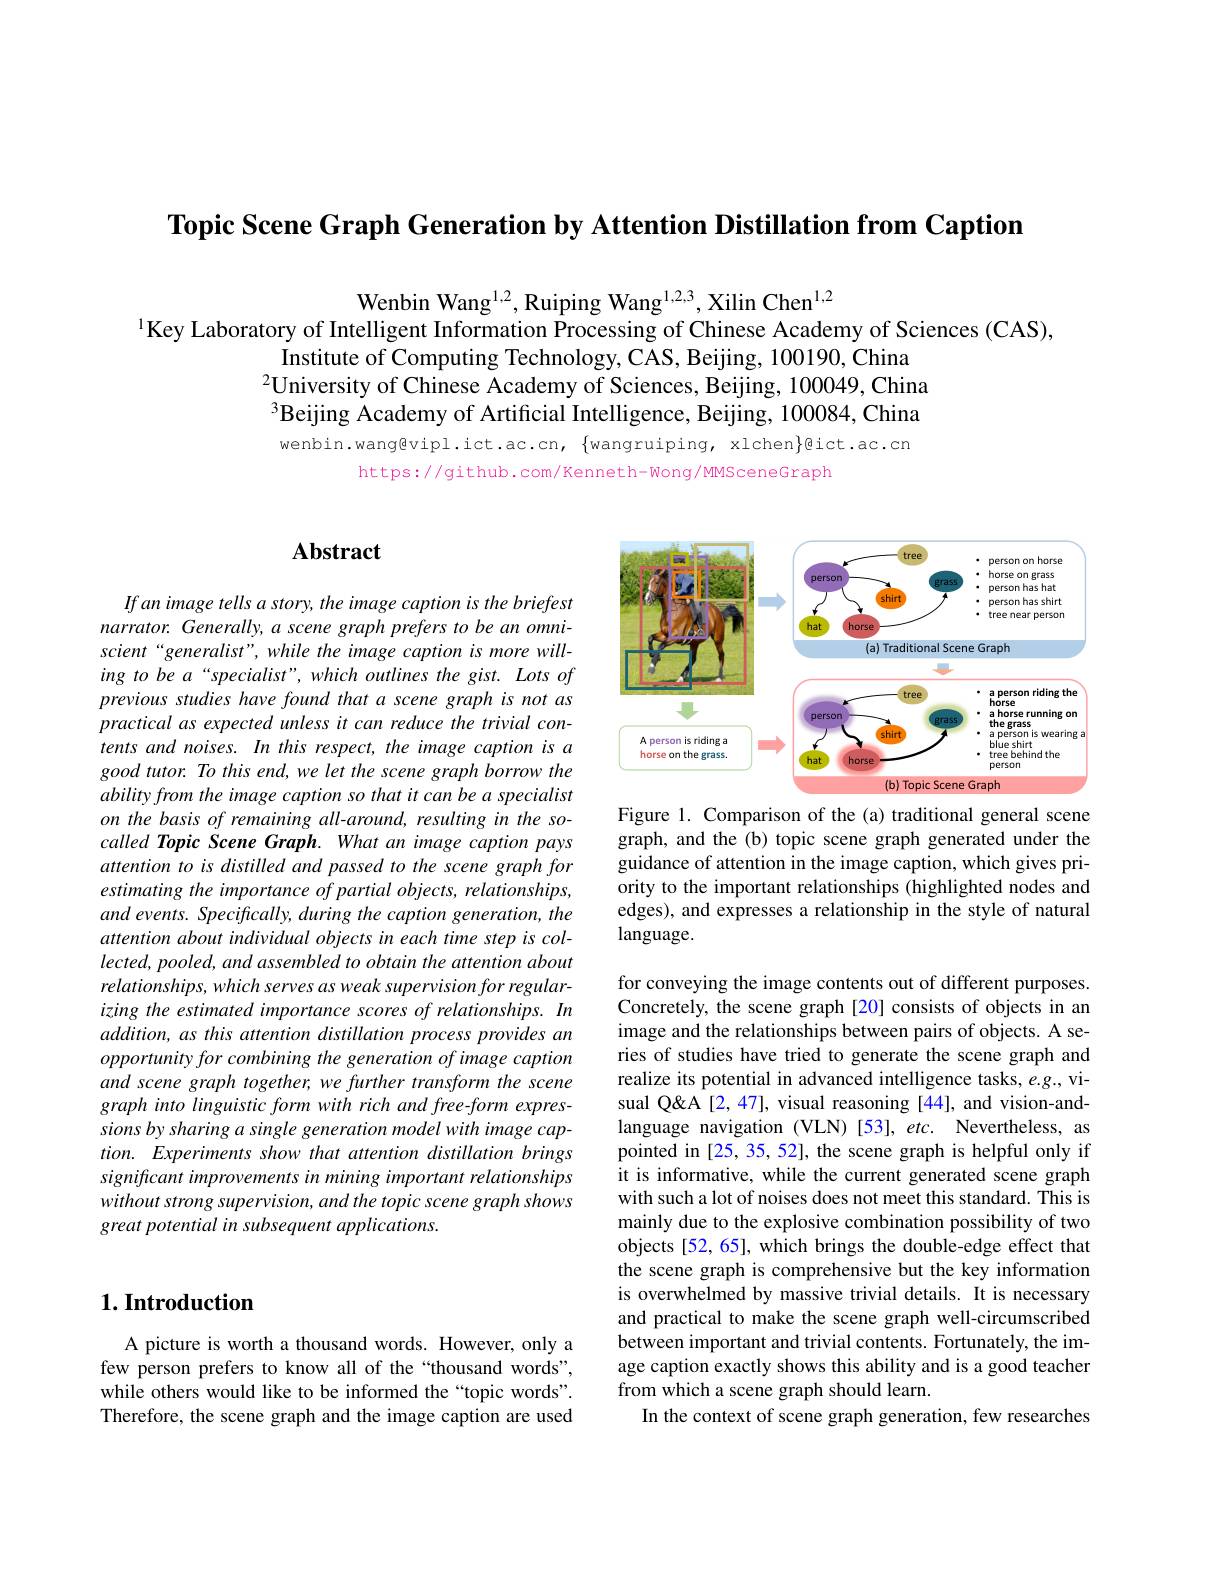
$\textbf{Topic Scene Graph Generation by Attention Distillation from Caption}$

Wenbin Wang$^{1,2}$, Ruiping Wang$^{1,2,3}$, Xilin Chen$^{1,2}$
$^{1}$Key Laboratory of Intelligent Information Processing of Chinese Academy of Sciences (CAS),
Institute of Computing Technology, CAS, Beijing, 100190, China
$^{2}$University of Chinese Academy of Sciences, Beijing, 100049, China 3Beijing Academy of Artificial Intelligence, Beijing, 100084, China wenbin.wang@vipl.ict.ac.cn, $\{$wangruiping, xlchen$\}$@ict.ac.cn
https://github.com/Kenneth-wong/MMSceneGraph

# $\mathbf{Abstract}$

If an image tells a story, the image caption is the briefest narrator. Generally, a scene graph prefers to be an omniscient“generalist”, while the image caption is more willing to be a“specialist”, which outlines the gist. Lots of previous studies have found that a scene graph is not as practical as expected unless it can reduce the trivial contents and noises. In this respect, the image caption is a good tutor. To this end, we let the scene graph borrow the ability from the image caption so that it can be a specialist on the basis of remaining all-around, resulting in the socalled Topic Scene Graph. What an image caption pays attention to is distilled and passed to the scene graph for estimating the importance of partial objects, relationships, and events. Specifically, during the caption generation, the attention about individual objects in each time step is collected, pooled, and assembled to obtain the attention about relationships, which serves as weak supervision for regularizing the estimated importance scores of relationships. In addition, as this attention distillation process provides an opportunity for combining the generation of image caption and scene graph together, we further transform the scene graph into linguistic form with rich and free-form expressions by sharing a single generation model with image caption. Experiments show that attention distillation brings significant improvements in mining important relationships without strong supervision, and the topic scene graph shows great potential in subsequent applications.

# $1. \textbf{Introduction}$

A picture is worth a thousand words. However, only a few person prefers to know all of the “thousand words”, while others would like to be informed the“topic words”. Therefore, the scene graph and the image caption are used

<FigureHere>

Figure 1. Comparison of the (a) traditional general scene graph, and the (b) topic scene graph generated under the guidance of attention in the image caption, which gives priority to the important relationships (highlighted nodes and edges), and expresses a relationship in the style of natural language.

for conveying the image contents out of different purposes. Concretely, the scene graph [20] consists of objects in an image and the relationships between pairs of objects. A series of studies have tried to generate the scene graph and realize its potential in advanced intelligence tasks, e.g., visual Q'e [2,47], visual reasoning [44], and vision-andlanguage navigation (VLN)[53], etc. Nevertheless, as pointed in [25,35,52], the scene graph is helpful only if it is informative, while the current generated scene graph with such a lot of noises does not meet this standard. This is mainly due to the explosive combination possibility of two objects[52,65], which brings the double-edge effect that the scene graph is comprehensive but the key information is overwhelmed by massive trivial details. It is necessary and practical to make the scene graph well-circumscribed between important and trivial contents. Fortunately, the image caption exactly shows this ability and is a good teacher from which a scene graph should learn.
In the context of scene graph generation, few researches